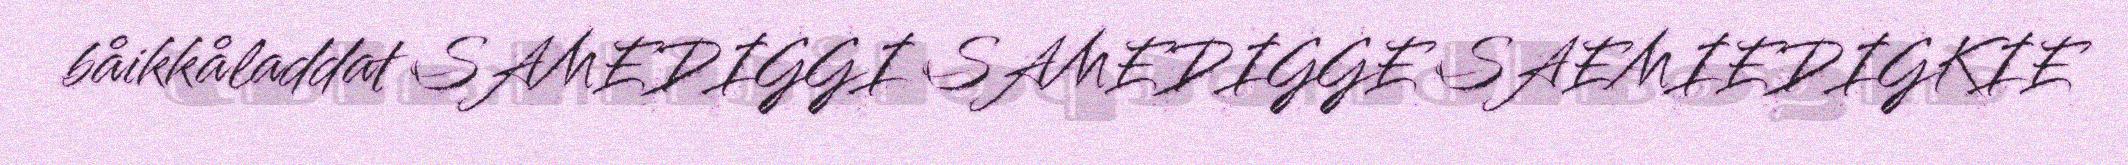
båikkåladdat SAMEDIGGI SAMEDIGGE SAEMIEDIGKIE